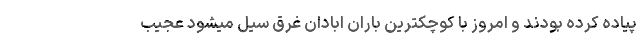
پیاده کرده بودند و امروز با کوچکترین باران ابادان غرق سیل میشود عجیب